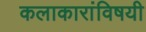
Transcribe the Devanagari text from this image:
कलाकारांविषयी